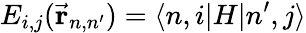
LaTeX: E_{i,j}({\vec{\mathbf{r}}}_{n,n^{\prime}})=\langle n,i|H|n^{\prime},j\rangle